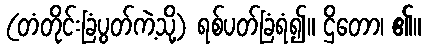
(တံတိုင်းခြံပွတ်ကဲ့သို့) ရစ်ပတ်ခြံရံ၍။ ဌိတော၊ ၏။